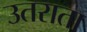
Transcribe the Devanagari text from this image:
उतराता